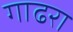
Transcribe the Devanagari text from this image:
गाढरा